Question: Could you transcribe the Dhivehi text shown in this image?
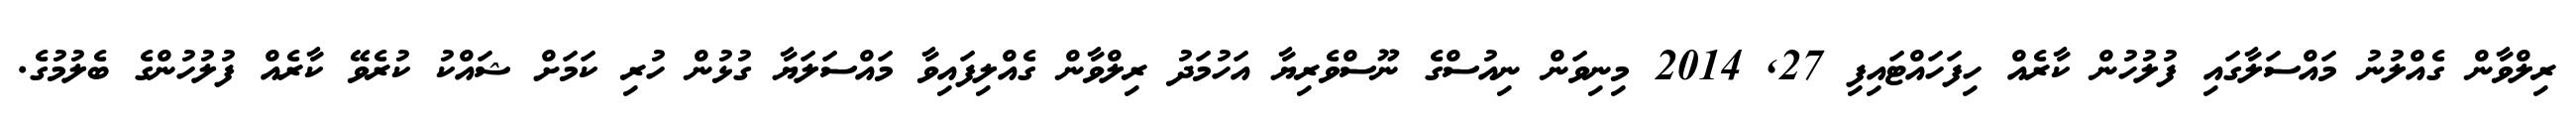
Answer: ރިލްވާން ގެއްލުނު މައްސަލާގައި ފުލުހުން ކާރެއް ހިފަހައްޓައިފި 27, 2014 މިނިވަން ނިއުސްގެ ނޫސްވެރިޔާ އަހުމަދު ރިލްވާން ގެއްލިފައިވާ މައްސަލަޔާ ގުޅުން ހުރި ކަމަށް ޝައްކު ކުރެވޭ ކާރެއް ފުލުހުންގެ ބެލުމުގެ.